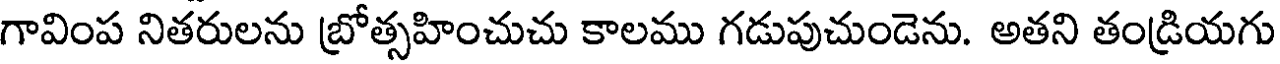
గావింప నితరులను బ్రోత్సహించుచు కాలము గడుపుచుండెను. అతని తండ్రియగు